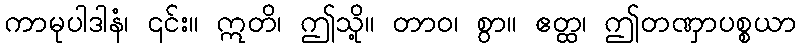
ကာမုပါဒါနံ၊ ၎င်း။ ဣတိ၊ ဤသို့။ တာဝ၊ စွာ။ ဧတ္ထ၊ ဤတဏှာပစ္စယာ